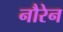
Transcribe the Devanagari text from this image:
नौरेन